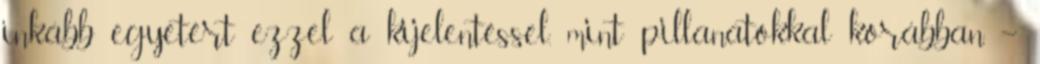
inkább egyetért ezzel a kijelentéssel, mint pillanatokkal korábban. –